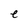
Character: e